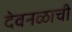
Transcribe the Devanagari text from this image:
देवनळाची